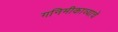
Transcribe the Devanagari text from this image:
गनिमीकाव्याचे